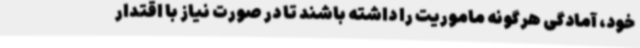
خود، آمادگی هرگونه ماموریت را داشته باشند تا در صورت نیاز با اقتدار